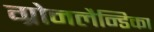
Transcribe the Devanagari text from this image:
ग्रोनलैन्डिका